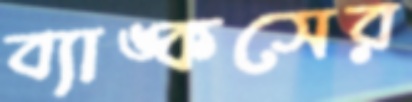
ব্যাঙ্কসের